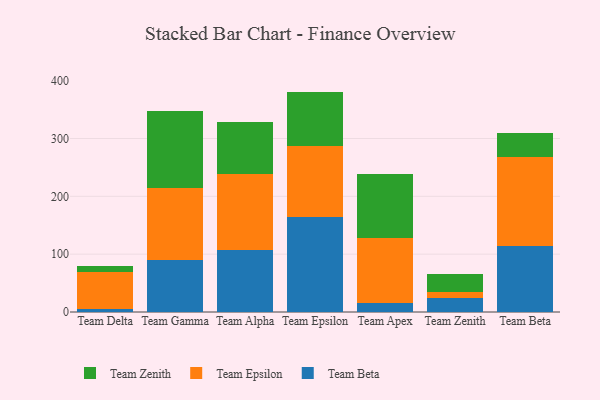
{"axis": {"x": "Team", "y": "Humidity (%)"}, "legend": ["Team Beta", "Team Epsilon", "Team Zenith"], "data": [{"x": "Team Delta", "y": 5.5, "type": "Team Beta"}, {"x": "Team Delta", "y": 63.9, "type": "Team Epsilon"}, {"x": "Team Delta", "y": 10.9, "type": "Team Zenith"}, {"x": "Team Gamma", "y": 89.7, "type": "Team Beta"}, {"x": "Team Gamma", "y": 124.6, "type": "Team Epsilon"}, {"x": "Team Gamma", "y": 132.7, "type": "Team Zenith"}, {"x": "Team Alpha", "y": 107.1, "type": "Team Beta"}, {"x": "Team Alpha", "y": 131.2, "type": "Team Epsilon"}, {"x": "Team Alpha", "y": 89.6, "type": "Team Zenith"}, {"x": "Team Epsilon", "y": 164.5, "type": "Team Beta"}, {"x": "Team Epsilon", "y": 122.5, "type": "Team Epsilon"}, {"x": "Team Epsilon", "y": 94.1, "type": "Team Zenith"}, {"x": "Team Apex", "y": 15.3, "type": "Team Beta"}, {"x": "Team Apex", "y": 112.5, "type": "Team Epsilon"}, {"x": "Team Apex", "y": 110.0, "type": "Team Zenith"}, {"x": "Team Zenith", "y": 23.6, "type": "Team Beta"}, {"x": "Team Zenith", "y": 10.7, "type": "Team Epsilon"}, {"x": "Team Zenith", "y": 31.4, "type": "Team Zenith"}, {"x": "Team Beta", "y": 114.9, "type": "Team Beta"}, {"x": "Team Beta", "y": 152.9, "type": "Team Epsilon"}, {"x": "Team Beta", "y": 42.1, "type": "Team Zenith"}]}